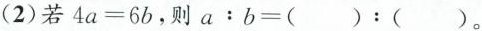
(2) 若$$4 a = 6 b$$，则$$a：b = ( )：( )$$。